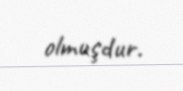
olmuşdur.